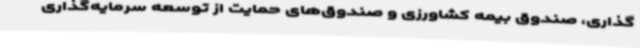
‌گذاری، صندوق بیمه کشاورزی و صندوق‌های حمایت از توسعه سرمایه‌گذاری